Report on horse surra - Volume I
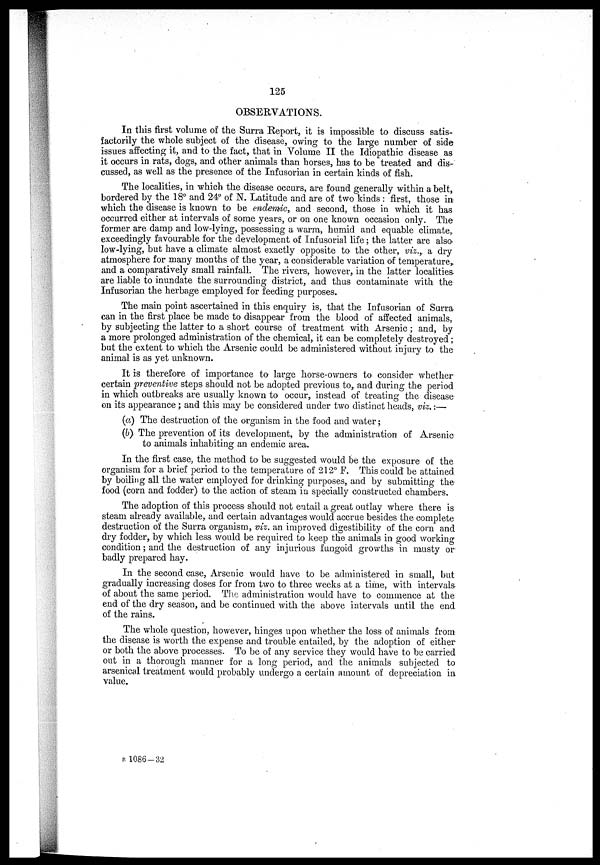
125
OBSERVATIONS.
In this first volume of the Surra Report, it is impossible to discuss satis-
factorily the whole subject of the disease, owing to the large number of side
issues affecting it, and to the fact, that in Volume II the Idiopathic disease as
it occurs in rats, dogs, and other animals than horses, has to be treated and dis-
cussed, as well as the presence of the Infusorian in certain kinds of fish.
The localities, in which the disease occurs, are found generally within a belt,
bordered by the 18° and 24° of N. Latitude and are of two kinds : first, those in
which the disease is known to be endemic, and second, those in which it has
occurred either at intervals of some years, or on one known occasion only. The
former are damp and low-lying, possessing a warm, humid and equable climate,
exceedingly favourable for the development of Infusorial life ; the latter are also
low-lying, but have a climate almost exactly opposite to the other, viz.,. a dry
atmosphere for many months of the year, a considerable variation of temperature,
and a comparatively small rainfall. The rivers, however, in the latter localities
are liable to inundate the surrounding district, and thus contaminate with the
Infusorian the herbage employed for feeding purposes.
The main point ascertained in this enquiry is, that the Infusorian of Surra
can in the first place be made to disappear from the blood of affected animals,
by subjecting the latter to a short course of treatment with Arsenic ; and, by
a more prolonged administration of the chemical, it can be completely destroyed ;
but the extent to which the Arsenic could be administered without injury to the
animal is as yet unknown.
It is therefore of importance to large horse-owners to consider whether
certain preventive steps should not be adopted previous to, and during the period
in which outbreaks are usually known to occur, instead of treating the disease
on its appearance; and this may be considered under two distinct heads, viz. :—
(a) The destruction of the organism in the food and water ;
(b) The prevention of its development, by the administration of Arsenic
to animals inhabiting an endemic area.
In the first case, the method to be suggested would be the exposure of the
organism for a brief period to the temperature of 212° F. This could be attained
by boiling all the water employed for drinking purposes, and by submitting the
food (corn and fodder) to the action of steam in specially constructed chambers.
The adoption of this process should not entail a great outlay where there is
steam already available, and certain advantages would accrue besides the complete
destruction of the Surra organism, viz. an improved digestibility of the corn and
dry fodder, by which less would be required to keep the animals in good working
condition ; and the destruction of any injurious fungoid growths in musty or
badly prepared hay.
In the second case, Arsenic would have to be administered in small, but
gradually increasing doses for from two to three weeks at a time, with intervals
of about the same period. The administration would have to commence at the
end of the dry season, and be continued with the above intervals until the end
of the rains.
The whole question, however, hinges upon whether the loss of animals from
the disease is worth the expense and trouble entailed, by the adoption of either
or both the above processes. To be of any service they would have to be carried
out in a thorough manner for a long period, and the animals subjected to
arsenical treatment would probably undergo a certain amount of depreciation in
value.
B 1086 – 32